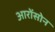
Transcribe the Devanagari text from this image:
आरोंसोन